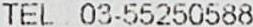
TEL : 03-55250588